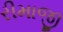
રીમાજી